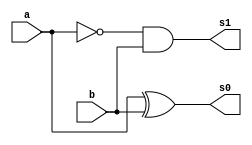
// ------------------------- 
// Exemplo0022 - FullDif 
// Nome: Filipe Viana de Miranda 
// ------------------------- 
// ------------------------- 
// FullDif_gate 
// -------------------------
module Dif (output s0, output s1,input a, input b);

wire n;

not NOT1 (n,a);
xor XOR1 (s0,a,b);
and AND1 (s1,n,b);

endmodule//Dif

module fullDif (output s2,output Carry_out,input Carry_in,input x,input y);

wire temp1,temp2,temp3;

Dif D1 (temp1,temp2,x,y);
Dif D2 (s2,temp3,temp1,Carry_in);
or OR1(Carry_out,temp3,temp2);

endmodule//fullDif

module Prin (output [3:0] s,output sinal,input [3:0] x1,input [3:0] y1 ,input Carry_in);

wire temp4,temp5,temp6;

fullDif fD1(s[0],temp4,Carry_in,x1[0],y1[0]);
fullDif fD2(s[1],temp5,temp4,x1[1],y1[1]);
fullDif fD3(s[2],temp6,temp5,x1[2],y1[2]);
fullDif fD4(s[3],sinal,temp6,x1[3],y1[3]);

endmodule//Prin

module testPrin;
// ------------------------- definir dados 
reg [3:0] x;
reg [3:0] y;
reg  v;
wire [3:0] s;
wire sinal; 
Prin modulo ( s, sinal, x, y, v);
// ------------------------- parte principal 
initial begin 
$display("Exemplo0022 - Filipe Viana de Miranda - 446415"); 
$display("Test AU's module"); 
x = 4'b0000; y = 4'b0000; v = 'b0; 
// projetar testes do modulo 
$display("\na b Carry_in sinal s");
#1 $monitor("%b %b %b %b %b",x,y,v,sinal,s);
#1 x='b0001;y ='b0001; v= 'b0;  
#1 x='b0010;y ='b0010; v= 'b0;
#1 x='b0011;y ='b0011; v= 'b0;

#1 x='b0100;y ='b0100; v= 'b0; 
#1 x='b0101;y ='b0101; v= 'b0;  
#1 x='b0110;y ='b0110; v= 'b0;
#1 x='b0111;y ='b0111; v= 'b0;

#1 x='b1000;y ='b1000; v= 'b0; 
#1 x='b1001;y ='b1001; v= 'b0;  
#1 x='b1010;y ='b1010; v= 'b0;
#1 x='b1011;y ='b1011; v= 'b0;

#1 x='b1100;y ='b1100; v= 'b0; 
#1 x='b1101;y ='b1101; v= 'b0;  
#1 x='b1110;y ='b1110; v= 'b0;
#1 x='b1111;y ='b1111; v= 'b0;

#1 x='b0000;y ='b0000; v= 'b1; 
#1 x='b0001;y ='b0001; v= 'b1;  
#1 x='b0010;y ='b0010; v= 'b1;
#1 x='b0011;y ='b0011; v= 'b1;

#1 x='b0100;y ='b0100; v= 'b1; 
#1 x='b0101;y ='b0101; v= 'b1;  
#1 x='b0110;y ='b0110; v= 'b1;
#1 x='b0111;y ='b0111; v= 'b1;

#1 x='b1000;y ='b1000; v= 'b1; 
#1 x='b1001;y ='b1001; v= 'b1;  
#1 x='b1010;y ='b1010; v= 'b1;
#1 x='b1011;y ='b1011; v= 'b1;

#1 x='b1100;y ='b1100; v= 'b1; 
#1 x='b1101;y ='b1101; v= 'b1;  
#1 x='b1110;y ='b1110; v= 'b1;
#1 x='b1111;y ='b1111; v= 'b1;


end 
endmodule // test_FullDif